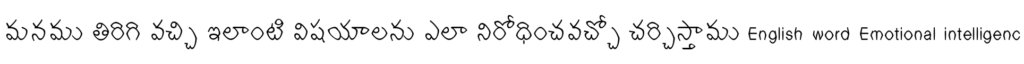
మనము తిరిగి వచ్చి ఇలాంటి విషయాలను ఎలా నిరోధించవచ్చో చర్చిస్తాము English word Emotional intelligenc